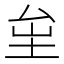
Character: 𡊏